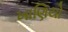
ખાણિયો